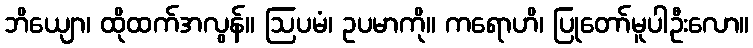
ဘိယျော၊ ထိုထက်အလွန်။ ဩပမံ၊ ဥပမာကို။ ကရောဟိ၊ ပြုတော်မူပါဦးလော။